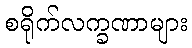
စရိုက်လက္ခဏာများ